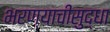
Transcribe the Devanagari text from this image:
भरण्याचीसुद्धा